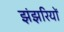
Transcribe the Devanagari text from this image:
झंझरियों